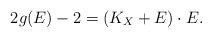
LaTeX: \begin{align*} 2 g(E) - 2 = (K_X + E) \cdot E. \end{align*}